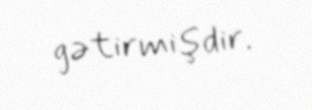
gətirmişdir.